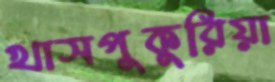
খাসপুকুরিয়া